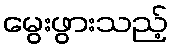
မွေးဖွားသည့်